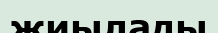
жиылады